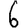
Digit: 6